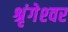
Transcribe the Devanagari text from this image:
श्रृंगेश्‍वर